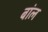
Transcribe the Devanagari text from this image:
बांल